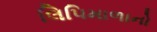
લિપિમાળાનો